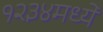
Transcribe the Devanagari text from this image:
१२३४मध्ये